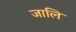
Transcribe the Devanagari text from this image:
जालि